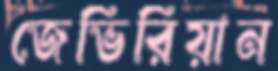
জেভিরিয়ান